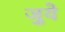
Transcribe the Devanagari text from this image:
जुये